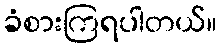
ခံစားကြရပါတယ်။